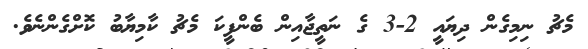
މެޗު ނިމިގެން ދިޔައީ 2-3 ގެ ނަތީޖާއިން ބެންފީކަ މެޗު ކާމިޔާބު ކޮށްގެންނެވެ.